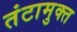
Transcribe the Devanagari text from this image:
तंटामुक्‍त